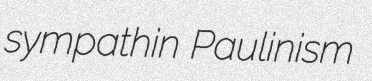
sympathin Paulinism